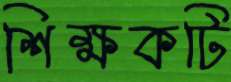
শিক্ষকটি